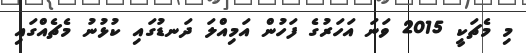
މި މެޗަކީ 2015 ވަނަ އަހަރުގެ ފަހުން އަމިއްލަ ދަނޑުގައި ކުޅުނު މެޗެއްގައި